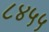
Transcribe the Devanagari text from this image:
८४५५